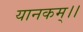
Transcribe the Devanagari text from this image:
यानकम्।।